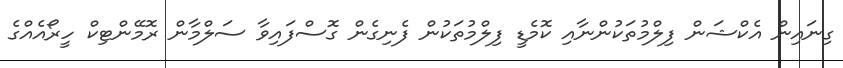
ގިނައިން އެކްޝަން ފިލްމުތަކުންނާއި ކޮމެޑީ ފިލްމުތަކުން ފެނިގެން ގޮސްފައިވާ ސަލްމާން ރޮމޭންޓިކް ހީރޯއެއްގެ